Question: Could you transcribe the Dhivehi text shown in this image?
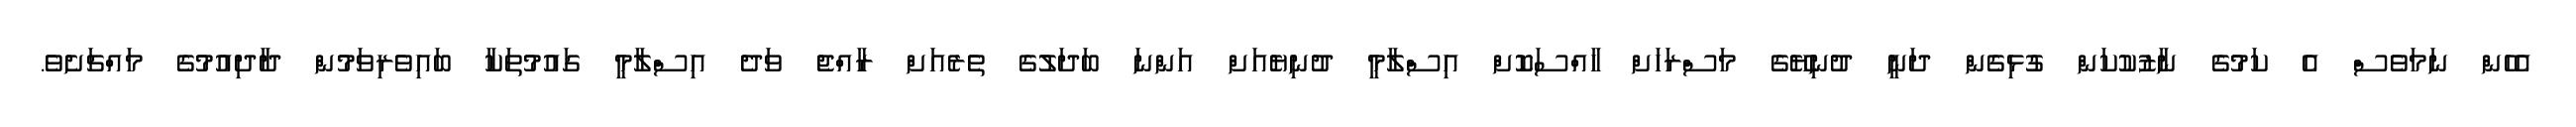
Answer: އެހެން ނަމަވެސް އެ ކަމުގެ ނާޒުކުކަން ގުޅިގެން ދަނީ ދުނިޔޭގެ މަސްރަހަށް ހާއްސަކޮށް އިސްލާމީ ދުނިޔެއަށް އަންނަ ބަދަލުގެ ތެރެއަށް ރާއްޖެ ވަދެ އިސްލާމީ ގައުމުތަކާ ބައިވެރިވަމުން ދާދިއުމުގެ މައްޗަށެވެ.